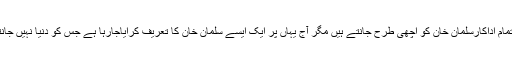
ہم تمام اداکارسلمان خان کو اچھی طرح جانتے ہیں مگر آج یہاں پر ایک ایسے سلمان خان کا تعریف کرایاجارہا ہے جس کو دنیا نہیں جانتی۔